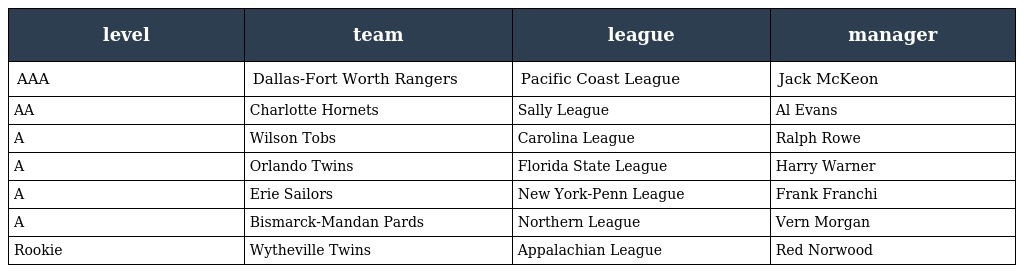
| level | team | league | manager |
 | --- | --- | --- | --- |
 | AAA | Dallas-Fort Worth Rangers | Pacific Coast League | Jack McKeon |
 | AA | Charlotte Hornets | Sally League | Al Evans |
 | A | Wilson Tobs | Carolina League | Ralph Rowe |
 | A | Orlando Twins | Florida State League | Harry Warner |
 | A | Erie Sailors | New York-Penn League | Frank Franchi |
 | A | Bismarck-Mandan Pards | Northern League | Vern Morgan |
 | Rookie | Wytheville Twins | Appalachian League | Red Norwood |